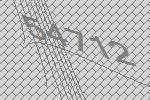
54712